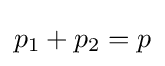
p_{1}+p_{2}=p